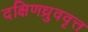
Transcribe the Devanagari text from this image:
दक्षिणध्रुववृत्त